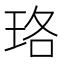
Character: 珞